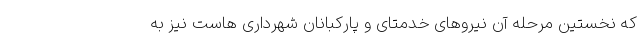
که نخستین مرحله آن نیروهای خدمتای و پارکبانان شهرداری هاست نیز به